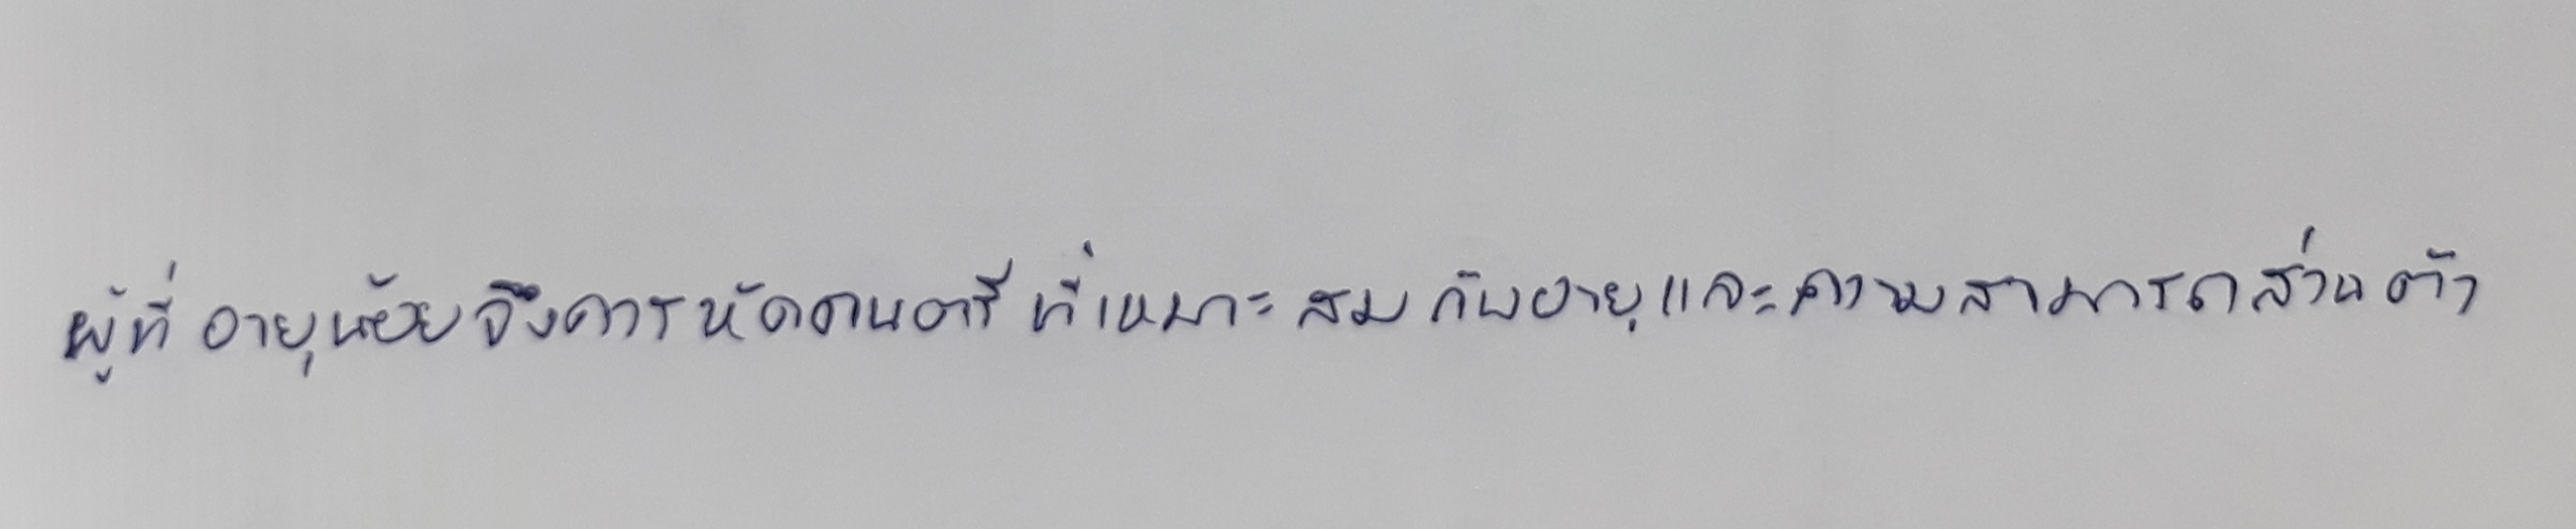
ผู้ที่อายุน้อยจึงควรหัดดนตรีที่เหมาะสมกับอายุและความสามารถส่วนตัว